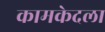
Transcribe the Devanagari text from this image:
कामकेदला